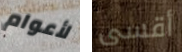
لأعوام أقسى